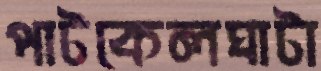
পাটকেলঘাটা